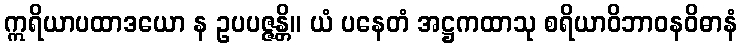
ဣရိယာပထာဒယော န ဥပပဇ္ဇန္တိ။ ယံ ပနေတံ အဋ္ဌကထာသု စရိယာဝိဘာဝနဝိဓာနံ